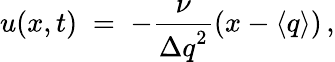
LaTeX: u(x,t)\; =\; -\frac{\nu}{{\Delta q}^{2}}\left(x-\langle q\rangle\right)\, ,